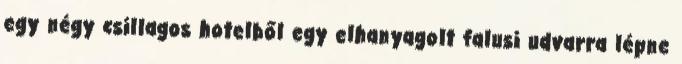
egy négy csillagos hotelből egy elhanyagolt falusi udvarra lépne